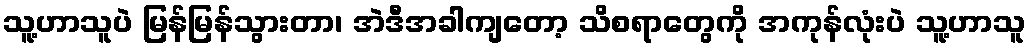
သူ့ဟာသူပဲ မြန်မြန်သွားတာ၊ အဲဒီအခါကျတော့ သိစရာတွေကို အကုန်လုံးပဲ သူ့ဟာသူ